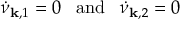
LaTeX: \dot { \nu } _ { { \bf k } , 1 } = 0 \; \; \; \mathrm { a n d } \; \; \; \dot { \nu } _ { { \bf k } , 2 } = 0